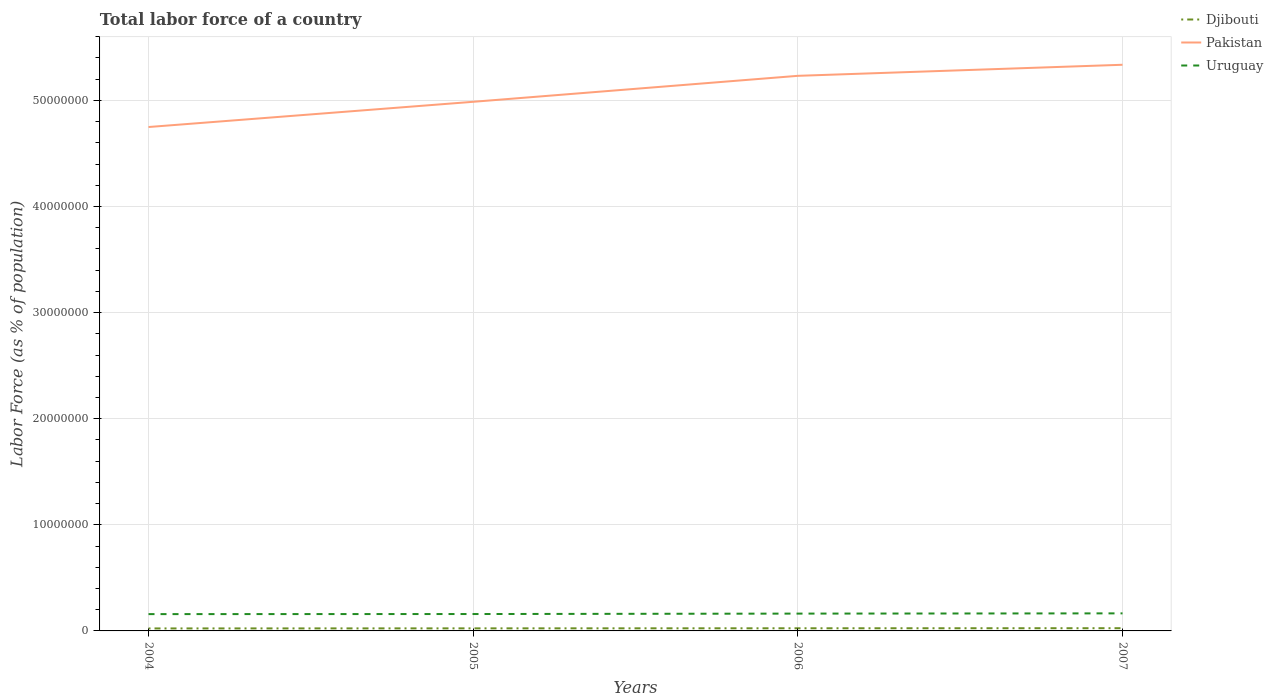
| Years | Djibouti | Pakistan | Uruguay |
 | --- | --- | --- | --- |
 | 2004 | 2.34e+05 | 4.75e+07 | 1.58e+06 |
 | 2005 | 2.41e+05 | 4.99e+07 | 1.59e+06 |
 | 2006 | 2.49e+05 | 5.23e+07 | 1.63e+06 |
 | 2007 | 2.56e+05 | 5.34e+07 | 1.65e+06 |